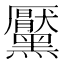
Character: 黶